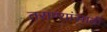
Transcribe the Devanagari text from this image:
तराण्यांसाठी